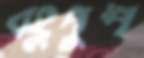
বহুপুষ্প